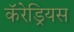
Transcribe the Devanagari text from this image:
कॅरेड्रियस